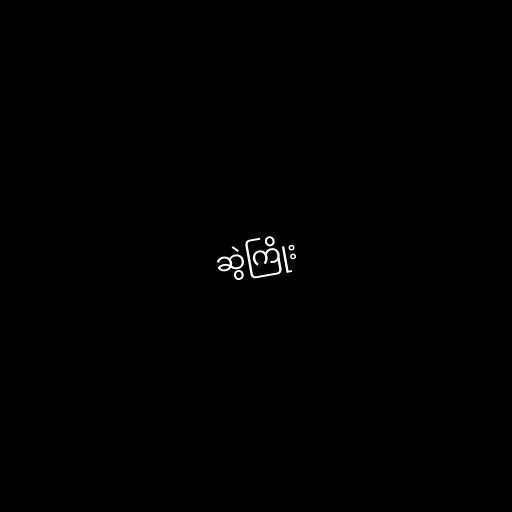
ဆွဲကြိုး